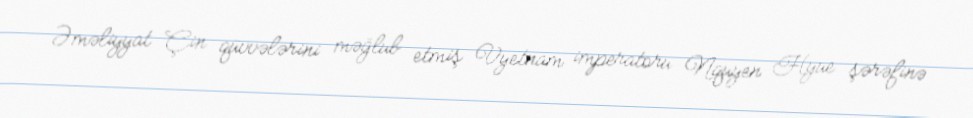
Əməliyyat Çin qüvvələrini məğlub etmiş Vyetnam imperatoru Nquyen Hyue şərəfinə